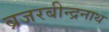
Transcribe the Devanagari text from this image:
ब्रजरबीन्द्रनाथ